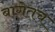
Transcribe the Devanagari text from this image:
बागेतच